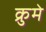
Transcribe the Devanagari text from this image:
क्रुमे